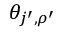
\theta _ { j ^ { \prime } , \rho ^ { \prime } }